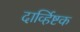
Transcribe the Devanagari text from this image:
दार्व्हिष्टक